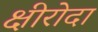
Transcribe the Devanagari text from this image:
क्षीरोदा